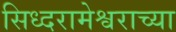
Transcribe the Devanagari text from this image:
सिध्दरामेश्वराच्या